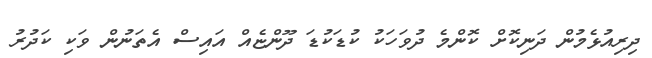
ދިރިއުޅެމުން ދަނިކޮށް ކޮންމެ ދުވަހަކު ކުޑަކުޑަ ދޫންޏެއް އައިސް އެތަނުން ވަކި ކަދުރު